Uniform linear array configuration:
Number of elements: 8
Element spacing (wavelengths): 1
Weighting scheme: exponential
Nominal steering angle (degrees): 15
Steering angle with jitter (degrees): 16.894
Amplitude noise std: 0.05
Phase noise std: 0.05

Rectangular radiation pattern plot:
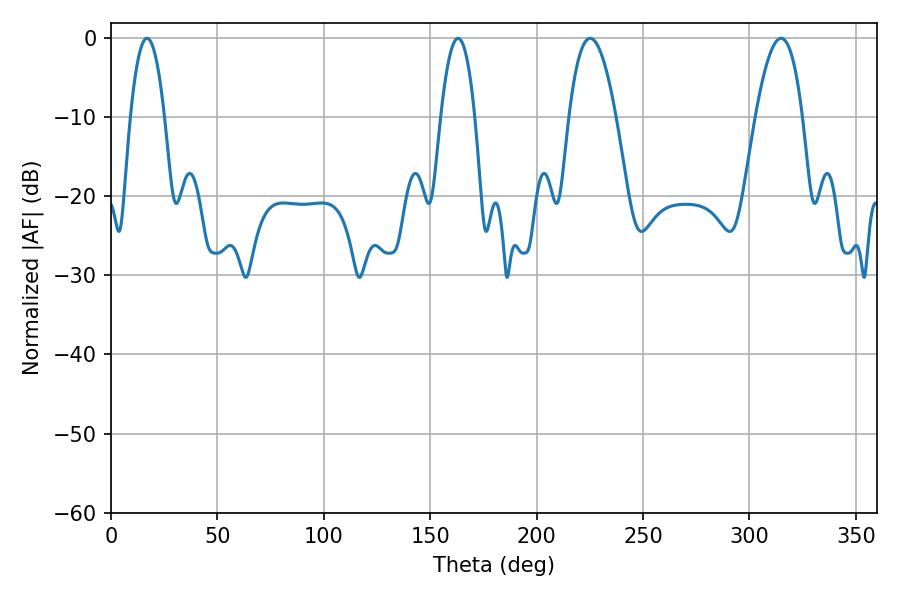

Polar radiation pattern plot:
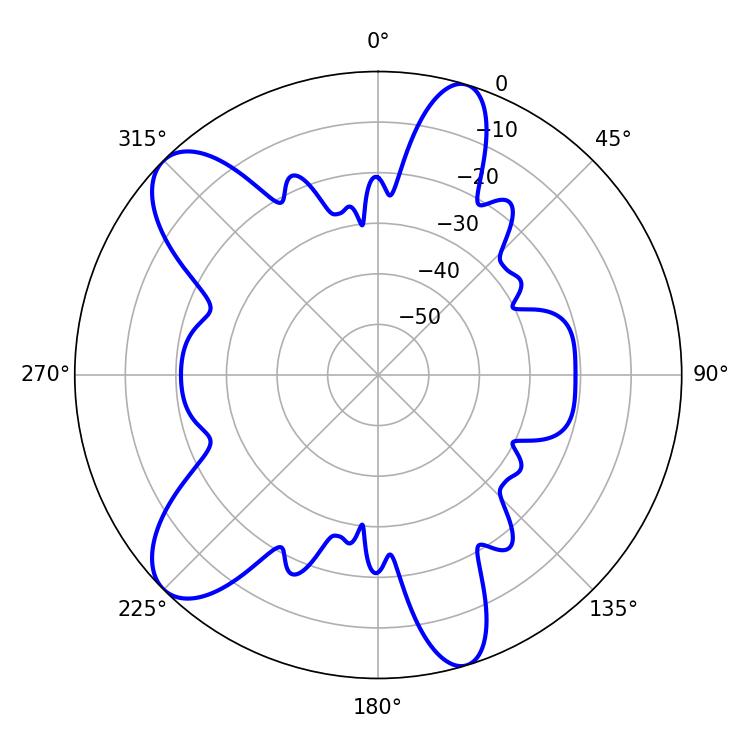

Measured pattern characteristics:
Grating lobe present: TRUE
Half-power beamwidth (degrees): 8.82
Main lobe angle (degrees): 16.92